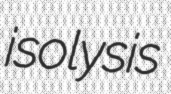
isolysis